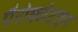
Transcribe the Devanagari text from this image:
पैरोक्जेटाइन